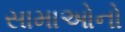
સામાઓનો